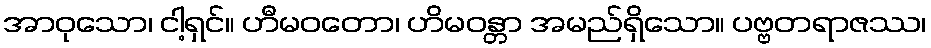
အာဝုသော၊ ငါ့ရှင်။ ဟီမဝတော၊ ဟိမဝန္တာ အမည်ရှိသော။ ပဗ္ဗတရာဇဿ၊